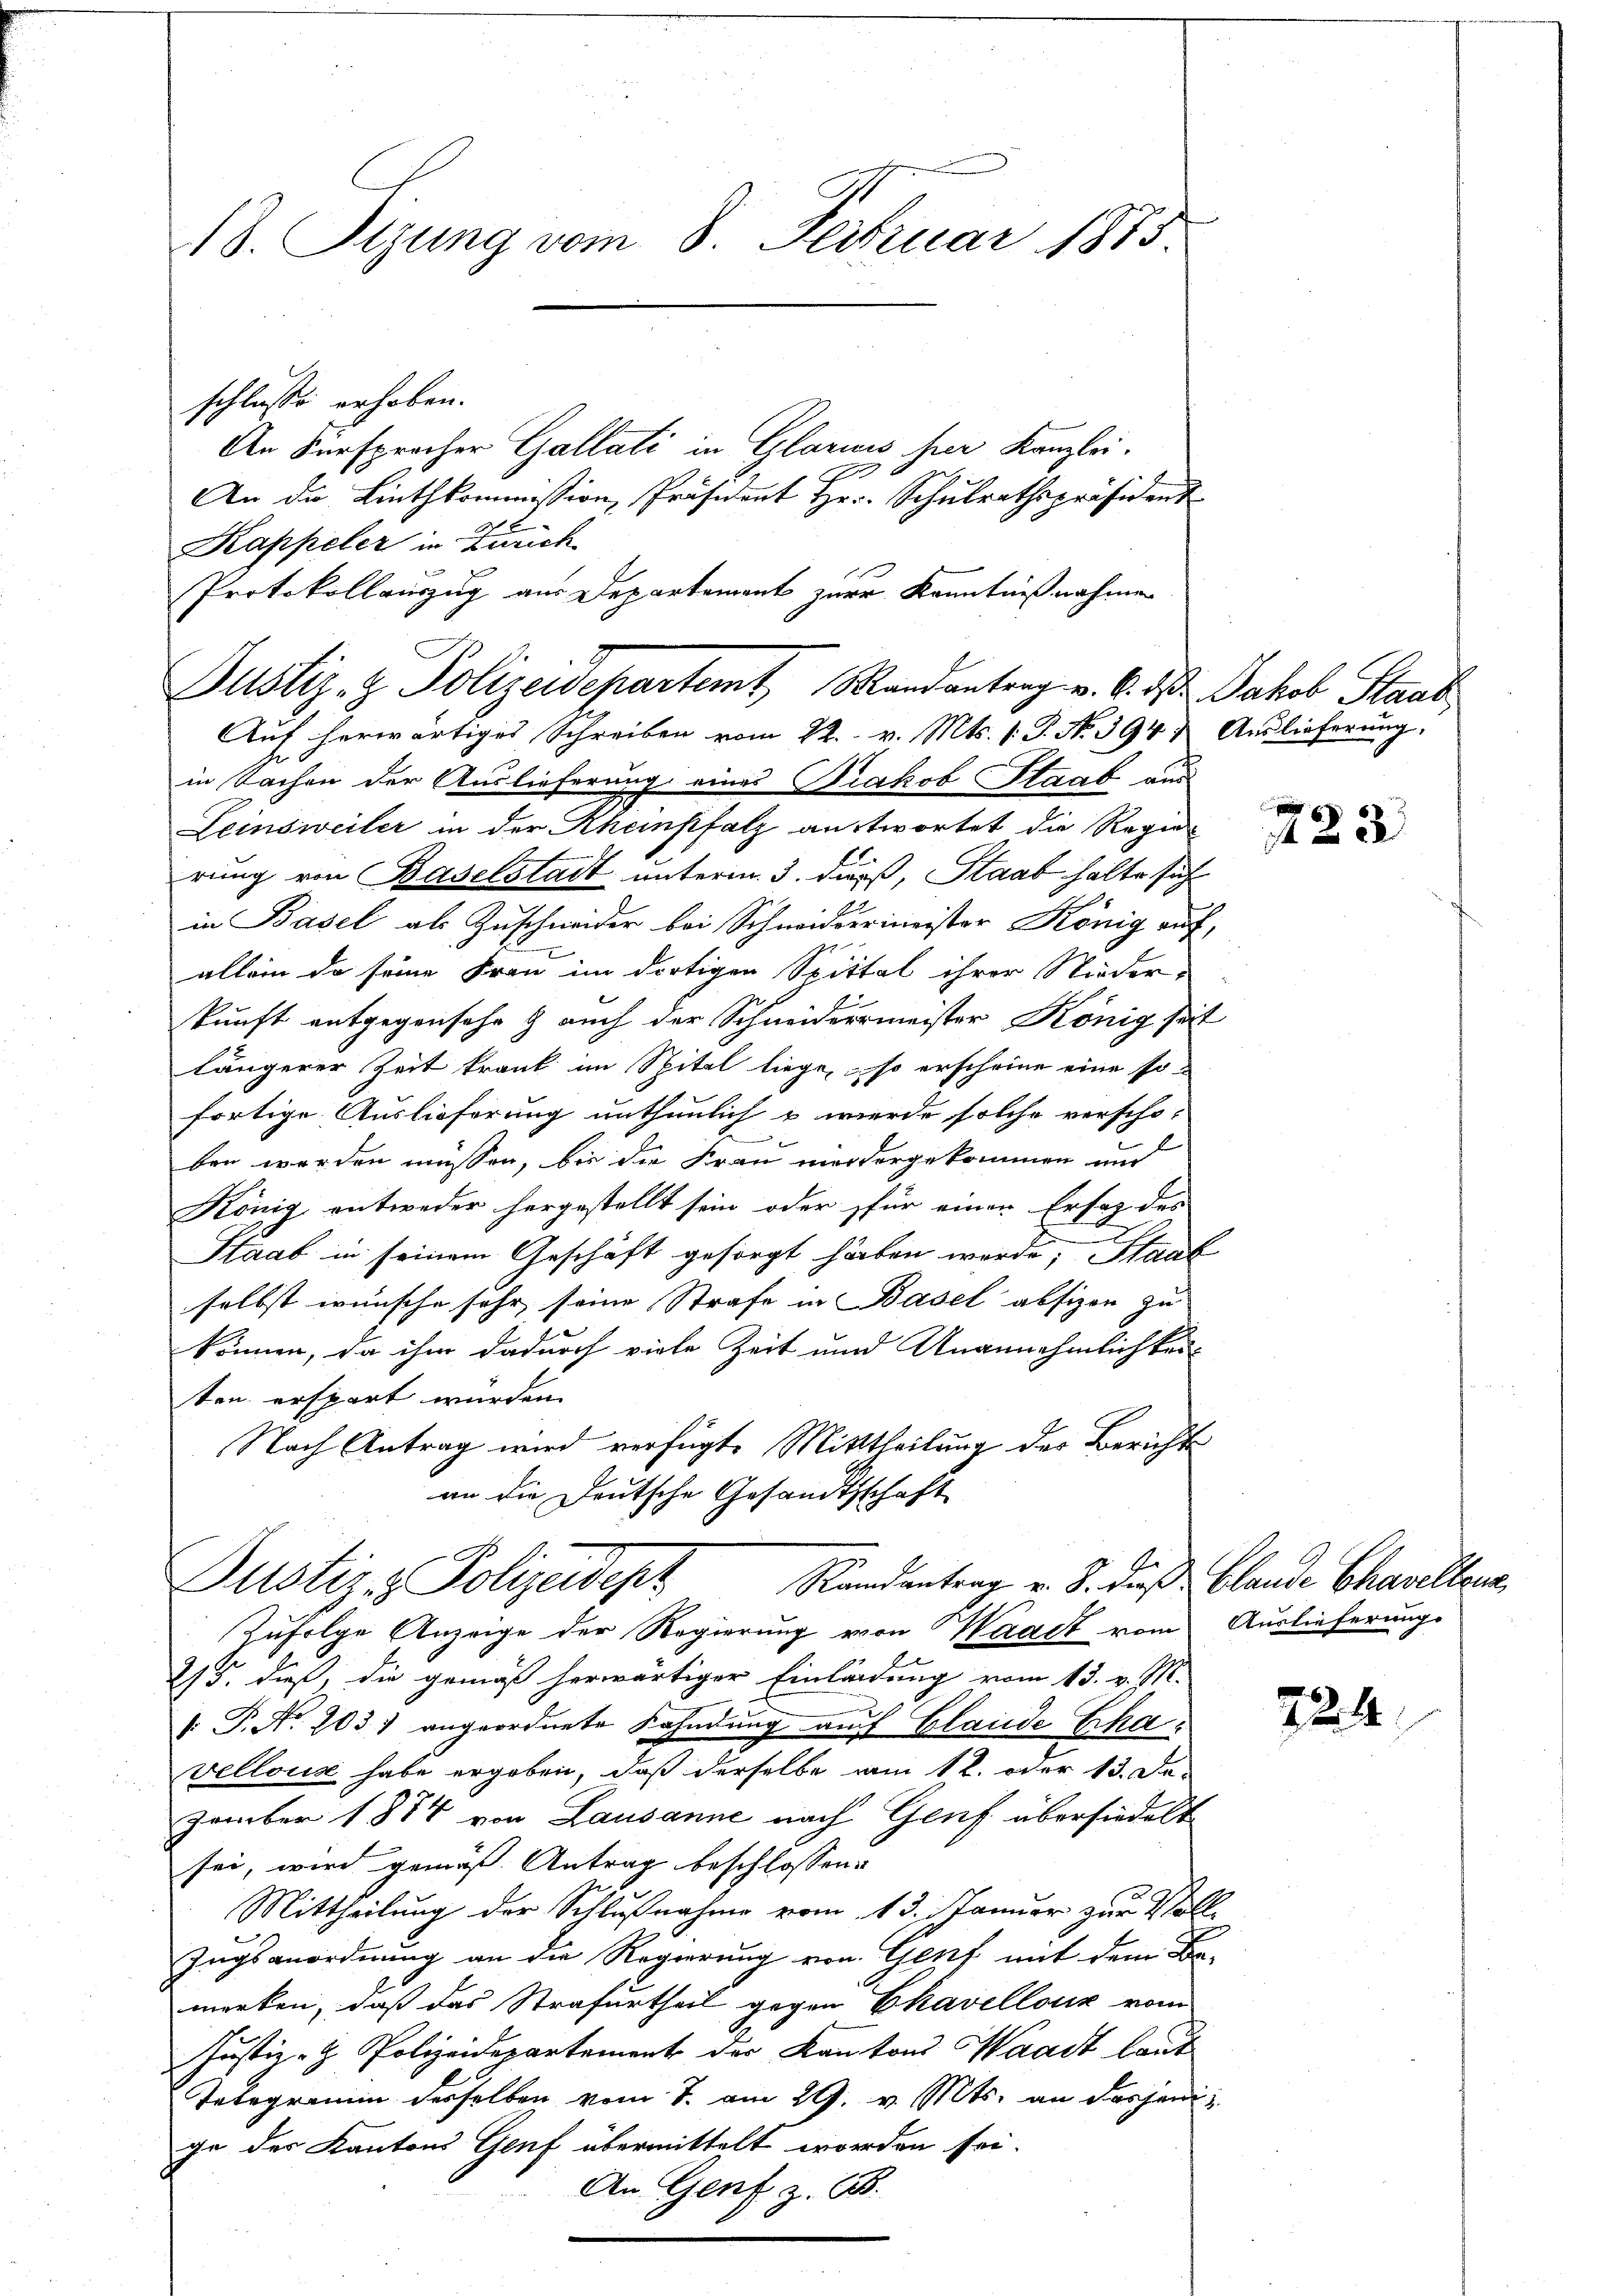
18. Stzung vom 8. Februar 1873.
schlusse erhoben.
An Fürsprocher Gallati in Glarus hier Kanzlei.
E
An die Linthkommission, Präsident Hr. Schulrathspräsident

Kappeler in Zürich
Protokollauszug aus Departement zur Kenntnißnahmen

Justiz- & Polizeidepartemt, Mandantrag v. 6. d. Jakob Staat
Auf herwärtiges Schreiben vom 22. v. Mts. 1. P. No 394 & Auslieferung,

in Sachen der Auslieferung eines Diakob Staat aus
Leinsweiler in der Rheinpfalz antwortet die Regie-
rung von Baselstadt unterm 3. dieß, Staat halte sich
in Basel als Zuschneider bei Schmiddermeister König auf,
allein da seine Frau im dortigen Spittal ihrer Nieder-
kunft entgegensehe & auch der Schneidermeister König seit
längerer Zeit trank im Spitel liege, so erscheine eine sofortige Auslieferung unthunlich u werde solche verscho-
ben werden müssen, bis die Frau mordergekommen und
König entweder hergestellt sein oder für einer Ersatz des
Haab in seinem Geschäft gesorgt haben werde; Staat
selbst wünsche sehr seine Strafe in Basel abfizen zu
können, da ihm dadurch viele Zeit und Unannehmlichkeit
ten erspart wurden.
Nach Antrag wird verfügte Mitttheilung der Berichts
an die Deutsche Gesandtschaft
Randantrag u. 8. dieß Clande Chavelleur,
Justiz- & Polizeidepz
Zufolge Anzeige der Regierung von Waadt vom Auslieferungs
25. dieß, die gemäß herwärtiger Einladung vom 13. v. M.
 P. Nr. 203) angeordnete Fahndung auf Glande Erhavellous habe ergeben, daß derselbe am 12. oder 13. De-
zember 1874 von Lausanne nach Genf übersiedelt
sei, wird gemäß Antrag beschlossen:
Mittheilung der Schlußnahme vom 13. Januar zur Voll
Zugsanordnung an die Regierung von Genf mit dem Be-
merken, daß das Strafurtheil gegen Ekavellouz vom
Justiz- & Polizeidepartement der Kantons Waadt laut
Telegramm desselben vom 7. am 29. v. Mts. an dasjenige des Kantons Genf übermittelt worden sei.
An Genf z. B.

223

724